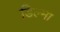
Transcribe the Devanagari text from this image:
डिल्मा